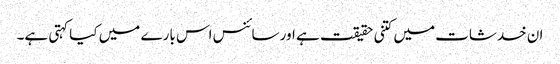
ان خدشات میں کتنی حقیقت ہے اور سائنس اس بارے میں کیا کہتی ہے۔